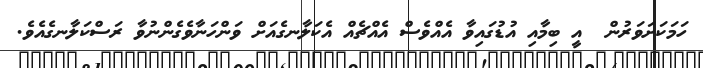
ހަމަކަށަވަރުން  އީ ބިމާއި އުޑުގައިވާ އެއްވެސް އެއްޗެއް އެކަލާނގެއަށް ވަންހަނާވެގެންނުވާ ރަސްކަލާނގެއެވެ.